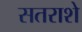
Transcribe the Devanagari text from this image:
सतराशे